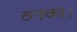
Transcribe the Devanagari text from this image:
ठनका।